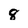
Character: 8